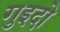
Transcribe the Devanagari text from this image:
गुइदो